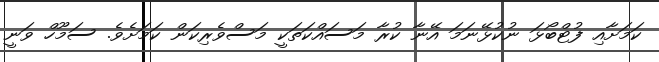
ކަމަށާއި ފުޓްބޯޅަ ނުކުޅޭނަމަ އޭނާ ކުރާ މަސައްކަތަކީ މަސްވެރިކަން ކަމަށެވެ. ސަމޫހް ވަނީ